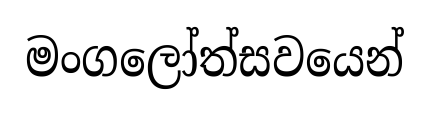
මංගලෝත්සවයෙන්